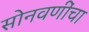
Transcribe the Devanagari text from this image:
सोनवणींचा